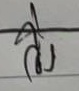
วิ่ง